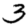
Digit: 3